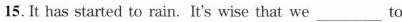
15. It has started to rain. It's wise that we___to